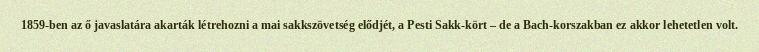
1859-ben az ő javaslatára akarták létrehozni a mai sakkszövetség elődjét, a Pesti Sakk-kört – de a Bach-korszakban ez akkor lehetetlen volt.